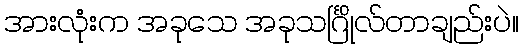
အားလုံးက အခုသေ အခုသင်္ဂြိုလ်တာချည်းပဲ။